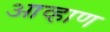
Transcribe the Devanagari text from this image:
आव्हाण